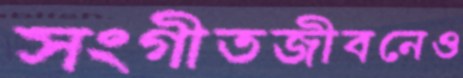
সংগীতজীবনেও